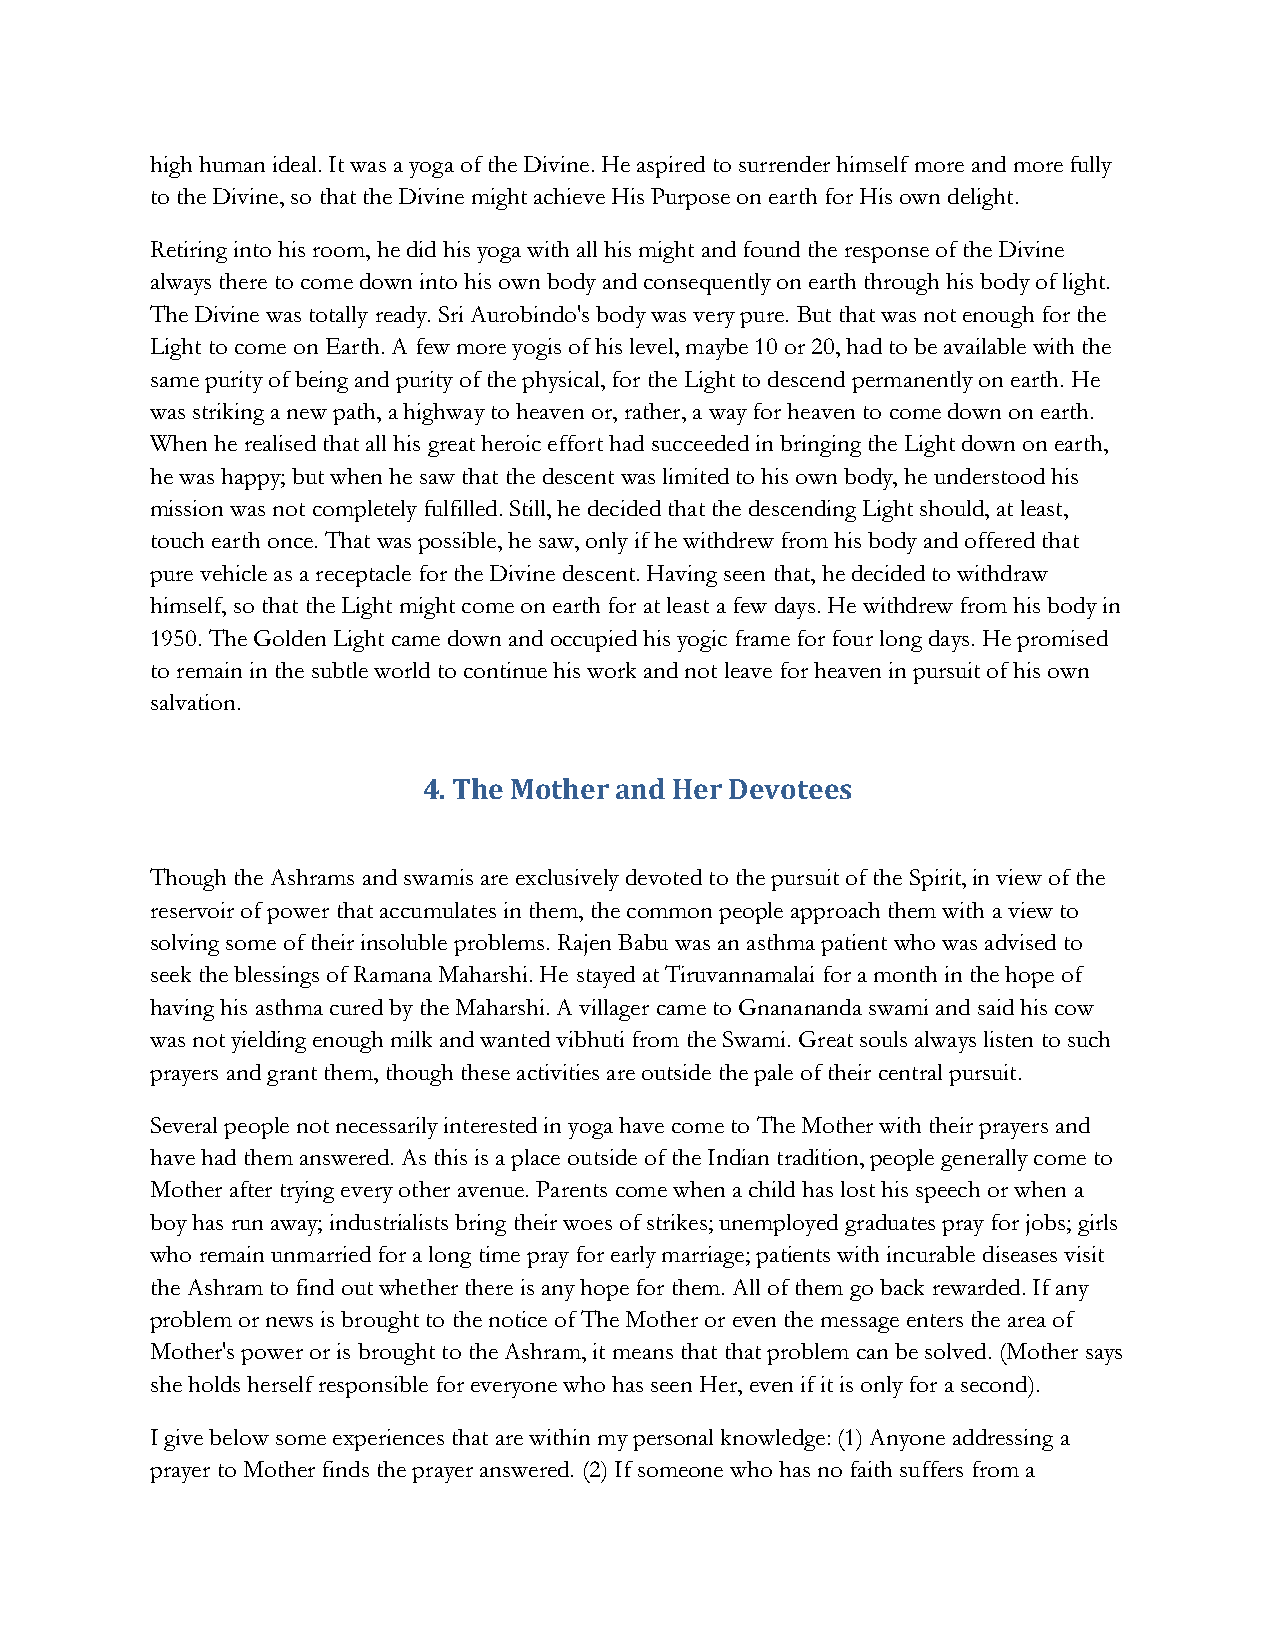
high human ideal. It was a yoga of the Divine. He aspired to surrender himself more and more fully
 to the Divine, so that the Divine might achieve His Purpose on earth for His own delight.
 Retiring into his room, he did his yoga with all his might and found the response of the Divine
 always there to come down into his own body and consequently on earth through his body of light.
 The Divine was totally ready. Sri Aurobindo's body was very pure. But that was not enough for the
 Light to come on Earth. A few more yogis of his level, maybe 10 or 20, had to be available with the
 same purity of being and purity of the physical, for the Light to descend permanently on earth. He
 was striking a new path, a highway to heaven or, rather, a way for heaven to come down on earth.
 When he realised that all his great heroic effort had succeeded in bringing the Light down on earth,
 he was happy; but when he saw that the descent was limited to his own body, he understood his
 mission was not completely fulfilled. Still, he decided that the descending Light should, at least,
 touch earth once. That was possible, he saw, only if he withdrew from his body and offered that
 pure vehicle as a receptacle for the Divine descent. Having seen that, he decided to withdraw
 himself, so that the Light might come on earth for at least a few days. He withdrew from his body in
 1950. The Golden Light came down and occupied his yogic frame for four long days. He promised
 to remain in the subtle world to continue his work and not leave for heaven in pursuit of his own
 salvation.
 4. The Mother and Her Devotees
 Though the Ashrams and swamis are exclusively devoted to the pursuit of the Spirit, in view of the
 reservoir of power that accumulates in them, the common people approach them with a view to
 solving some of their insoluble problems. Rajen Babu was an asthma patient who was advised to
 seek the blessings of Ramana Maharshi. He stayed at Tiruvannamalai for a month in the hope of
 having his asthma cured by the Maharshi. A villager came to Gnanananda swami and said his cow
 was not yielding enough milk and wanted vibhuti from the Swami. Great souls always listen to such
 prayers and grant them, though these activities are outside the pale of their central pursuit.
 Several people not necessarily interested in yoga have come to The Mother with their prayers and
 have had them answered. As this is a place outside of the Indian tradition, people generally come to
 Mother after trying every other avenue. Parents come when a child has lost his speech or when a
 boy has run away; industrialists bring their woes of strikes; unemployed graduates pray for jobs; girls
 who remain unmarried for a long time pray for early marriage; patients with incurable diseases visit
 the Ashram to find out whether there is any hope for them. All of them go back rewarded. If any
 problem or news is brought to the notice of The Mother or even the message enters the area of
 Mother's power or is brought to the Ashram, it means that that problem can be solved. (Mother says
 she holds herself responsible for everyone who has seen Her, even if it is only for a second).
 I give below some experiences that are within my personal knowledge: (1) Anyone addressing a
 prayer to Mother finds the prayer answered. (2) If someone who has no faith suffers from a